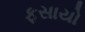
ફસાયો